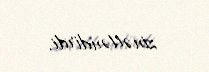
zinətləndirdi.